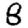
Digit: 8